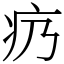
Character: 疓